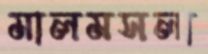
মালমসলা